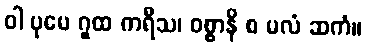
ဝါ ပုမေ ဂူထ ကရီသ၊ ဝစ္စာနိ စ မလံ ဆကံ။